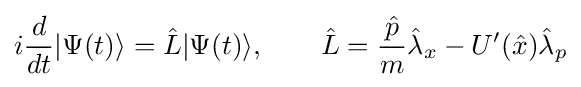
i{\frac {d}{dt}}|\Psi (t)\rangle ={\hat {L}}|\Psi (t)\rangle ,\qquad {\hat {L}}={\frac {\hat {p}}{m}}{\hat {\lambda }}_{x}-U'({\hat {x}}){\hat {\lambda }}_{p}